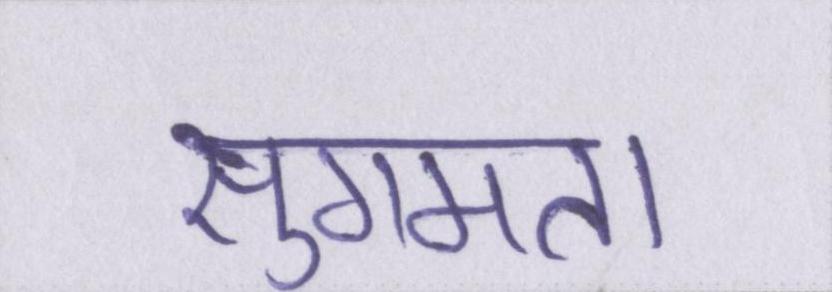
सुगमता